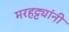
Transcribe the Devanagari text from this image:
मरहट्ट्यांनी